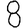
Digit: 8